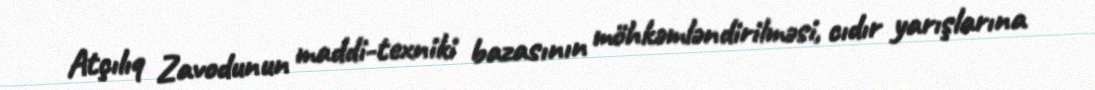
Atçılıq Zavodunun maddi-texniki bazasının möhkəmləndirilməsi, cıdır yarışlarına